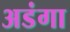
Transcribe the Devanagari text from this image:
अडंगा